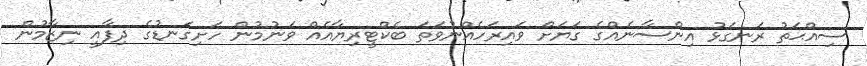
ސިއްޙަތު ރަނގަޅު އިންސާނެއްގެ ގަޔަށް ވައިރަހެއްނުވަތަ ބެކްޓީރިޔާއެއް ވަނުމުން ހަށިގަނޑުގެ ދިފާއީ ނިޒާމުން